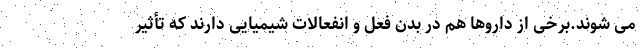
می شوند.برخی از داروها هم در بدن فعل و انفعالات شیمیایی دارند که تأثیر